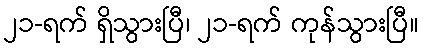
၂၁-ရက် ရှိသွားပြီ၊ ၂၁-ရက် ကုန်သွားပြီ။